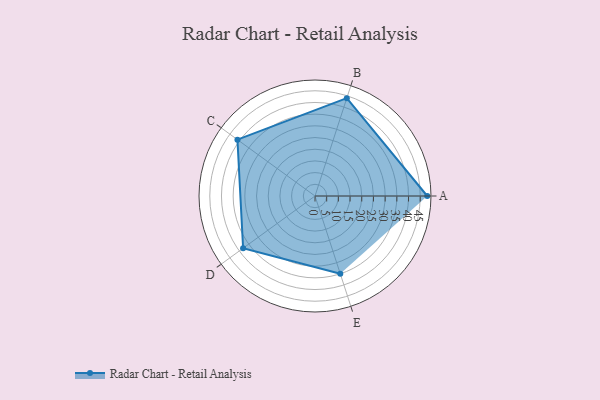
{"axis": {"x": "Skill", "y": "Score"}, "legend": ["Profile"], "data": [{"x": "A", "y": 48.0, "type": "Profile"}, {"x": "B", "y": 44.0, "type": "Profile"}, {"x": "C", "y": 41.0, "type": "Profile"}, {"x": "D", "y": 38.0, "type": "Profile"}, {"x": "E", "y": 35.0, "type": "Profile"}]}